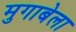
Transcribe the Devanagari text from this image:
मुगाबेला